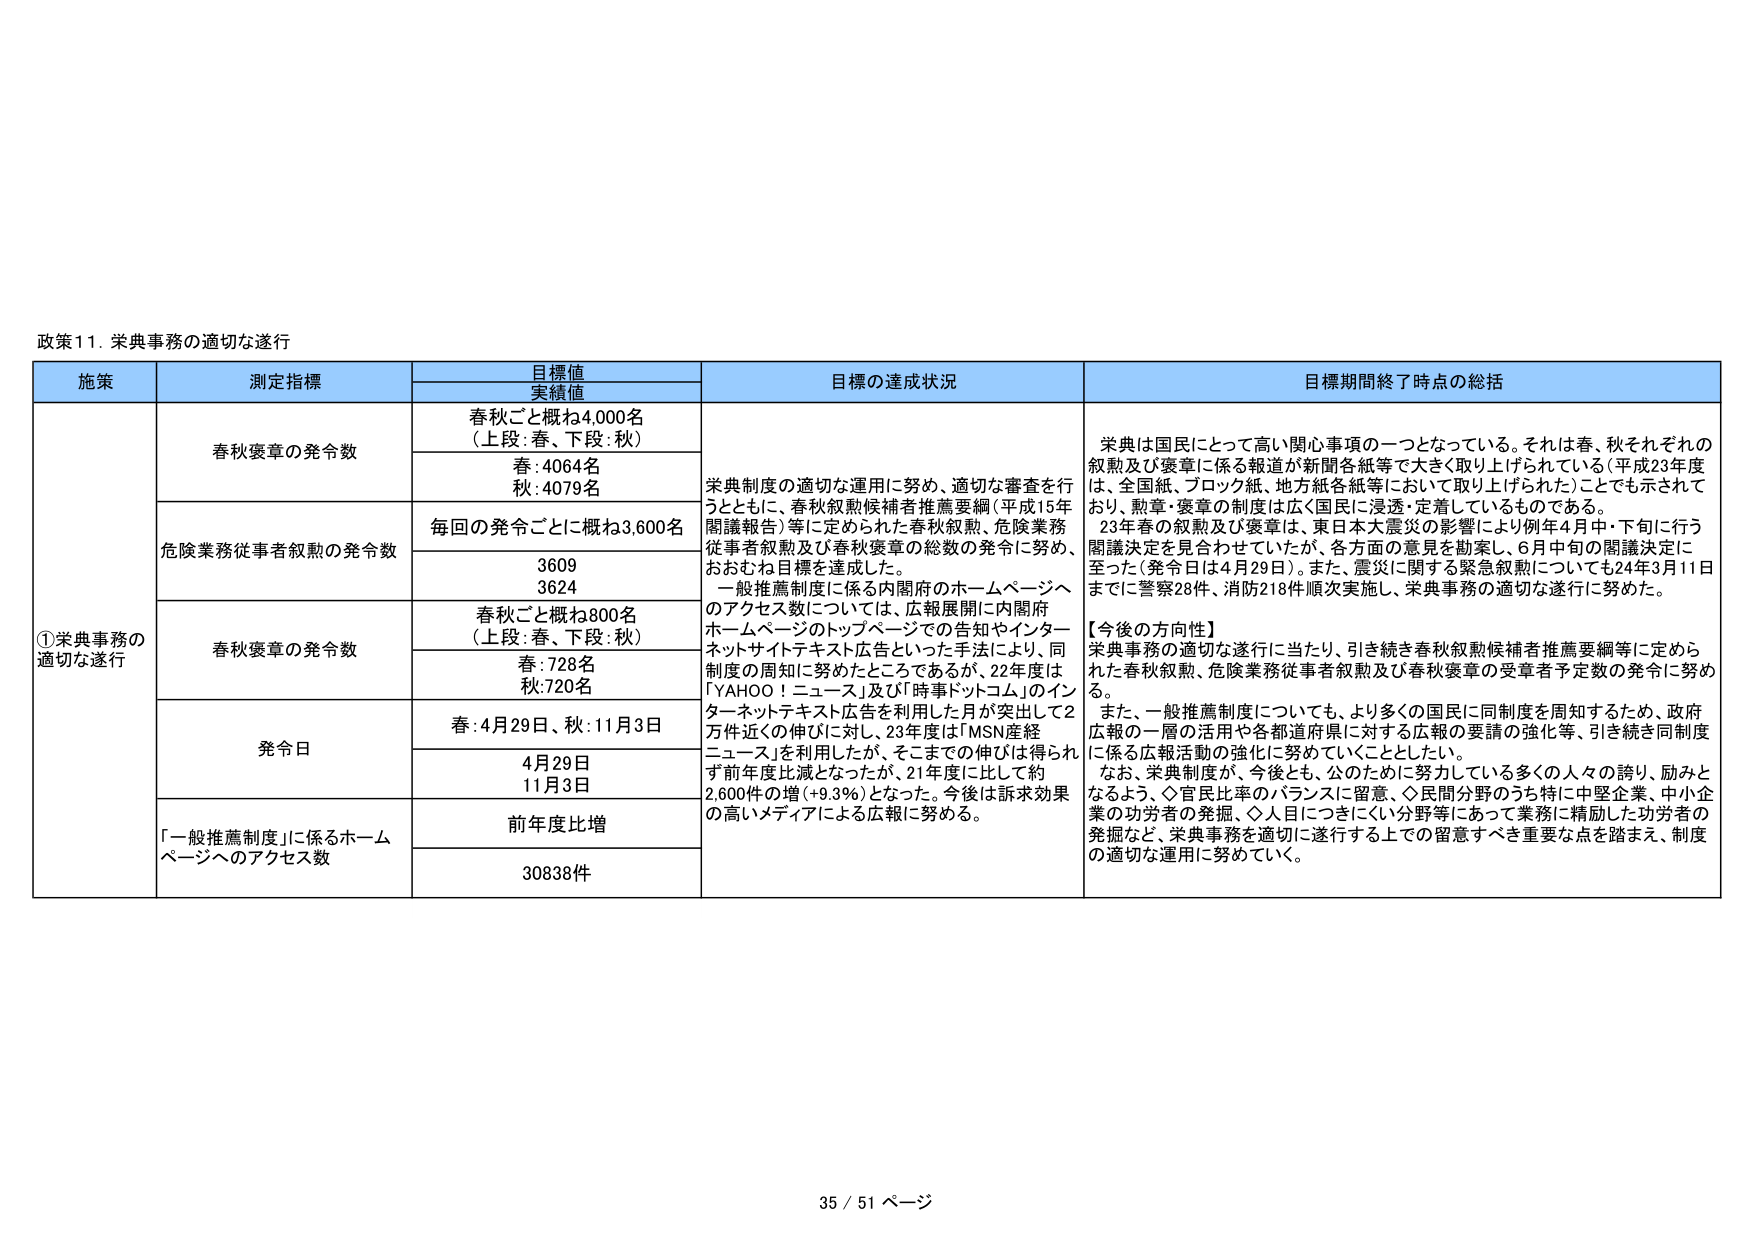
政策11. 栄典事務の適切な遂行

施策	測定指標	目標値 実績値	目標の達成状況	目標期間終了時点の総括
①栄典事務の 適切な遂行	春秋褒章の発令数	春秋ごと概ね4,000名 （上段:春、下段:秋）	栄典制度の適切な運用に努め、適切な審査を行うとともに、春秋叙勲候補者推薦要綱（平成15年 閣議報告）等に定められた春秋叙勲、危険業務 従事者叙勲及び春秋褒章の総数の発令に努め、 おおむね目標を達成した。 一般推薦制度に係る内閣府のホームページへ のアクセス数については、広報展開に内閣府 ホームページのトップページでの告知やインター ネットサイトテキスト広告といった手法により、同 制度の周知に努めたところであるが、22年度は 「YAHOO！ニュース」及び「時事ドットコム」のイン ターネットテキスト広告を利用した月が突出して2 万件近くの伸びに対し、23年度は「MSN産経 ニュース」を利用したが、そこまでの伸びは得られ ず前年度比減となったが、21年度に比して約 2,600件の増（+9.3%）となった。今後は訴求効果 の高いメディアによる広報に努める。	栄典は国民にとって高い関心事項の一つとなっている。それは春、秋それぞれの 叙勲及び褒章に係る報道が新聞各紙等で大きく取り上げられている（平成23年度 は、全国紙、ブロック紙、地方紙各紙等において取り上げられた）ことでも示されて おり、勲章・褒章の制度は広く国民に浸透・定着しているものである。 23年春の叙勲及び褒章は、東日本大震災の影響により例年4月・下旬に行う 閣議決定を見合わせていたが、各方面の意見を勘案し、6月中旬の閣議決定に 至った（発令日は4月29日）。また、震災に関する緊急叙勲についても24年3月11日 までに警察28件、消防218件順次実施し、栄典事務の適切な遂行に努めた。 【今後の方向性】 栄典事務の適切な遂行に当たり、引き続き春秋叙勲候補者推薦要綱等に定めら れた春秋叙勲、危険業務従事者叙勲及び春秋褒章の受章者予定数の発令に努め る。 また、一般推薦制度についても、より多くの国民に同制度を周知するため、政府 広報の一層の活用や各都道府県に対する広報の要請の強化等、引き続き同制度 に係る広報活動の強化に努めていくこととしたい。 なお、栄典制度が、今後とも、公のために努力している多くの人々の誇り、励みと なるよう、◇官民比率のバランスに留意、◇民間分野のうち特に中堅企業、中小企 業の功労者の発掘、◇人目につきにくい分野等にあって業務に精励した功労者の 発掘など、栄典事務を適切に遂行する上での留意すべき重要な点を踏まえ、制度 の適切な運用に努めていく。
		春:4064名 秋:4079名
	危険業務従事者叙勲の発令数	毎回の発令ごとに概ね3,600名
		3609 3624
	春秋褒章の発令数	春秋ごと概ね800名 （上段:春、下段:秋）
		春:728名 秋:720名
	発令日	春:4月29日、秋:11月3日
		4月29日 11月3日
	「一般推薦制度」に係るホーム ページへのアクセス数	前年度比増
		30838件

35 / 51 ページ